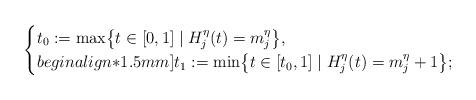
LaTeX: \begin{align*} \begin{cases}t_0 := \max \bigl\{ t \in [0,1] \mid H_{j}^{\eta}(t) = m_{j}^{\eta} \bigr\}, \\begin{align*}1.5mm]t_1 := \min \bigl\{ t \in [t_0,1] \mid H_{j}^{\eta}(t) = m_{j}^{\eta} + 1 \bigr\};\end{cases}\end{align*}